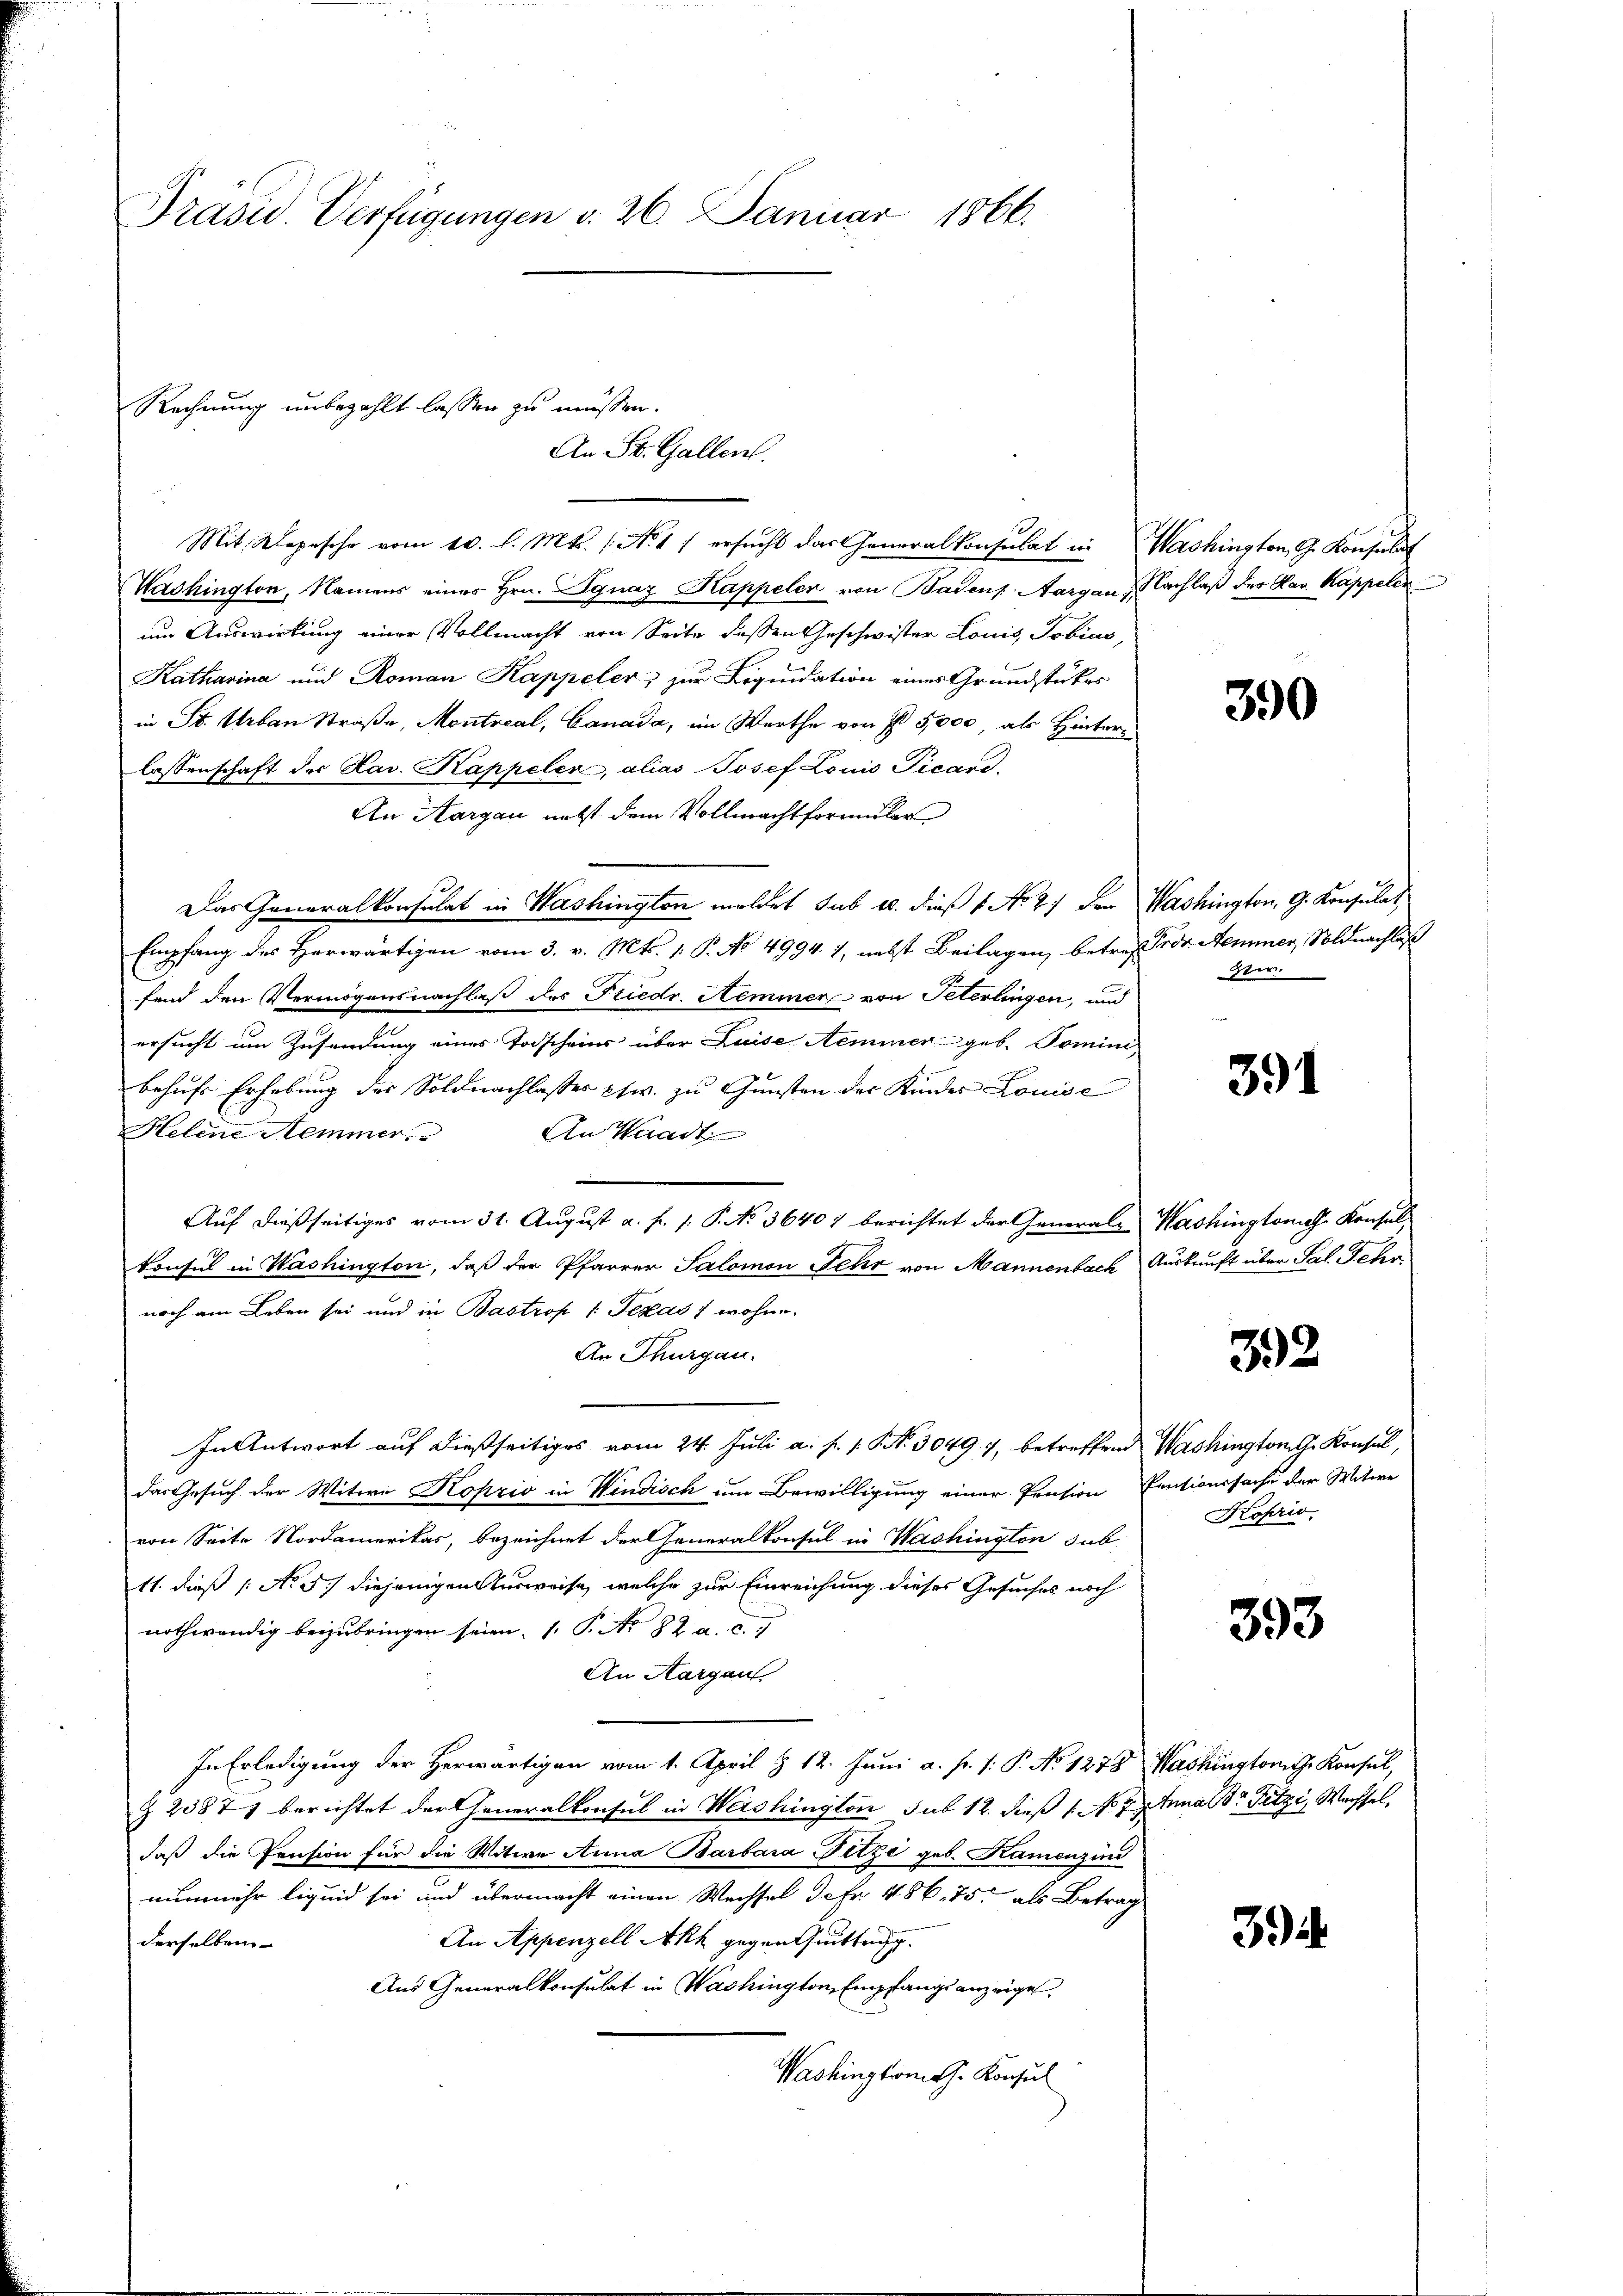
Präsid. Verfügungen v. 26. Januar 1866.

Rechnung unbezahlt lassen zu müssen.

Mit. Depesche vom 10. d. Mts. (: No 17 ersucht das Generalkonsulat in Washington, G. Konsulat
Washington, Namens eines Hrn. Ignaz Kappeler von Badens Aargau, Nachlaβ des Hav. Kappeler
um Auswirkung einer Vollmacht von Seite dessen Geschwister Louis, Tobias,
Katharina und Roman Kappeler zur Liquidation eines Grundstückes
in St. Urban Straße, Montreal, Canada, im Werthe von I 5,000, als Hinterlassenschaft der Hav. Kappeler, alias Josef Louis Picave
An Aargau nebst dem Vollmachtformular
Das Generalkonsulat in Washington meldet sub 20. dieß f No 27 den Washington, G. Konsulat
Empfang des Herwärtigen vom 3. v. Mts. 1. P. No 4994. 1, nebst Beilagen, betreffende Aeminer, Soldnachlaß
fend den Vermögensnachlaß des Friedr. Hemmer von Peterlingen, und
ersucht um Zusendung eines Todscheins über Luise Aeminer geb. Tomini,
behufs Erhebung der Soldnachlasses chw. zu Gunsten der Kinder Louise
Helene Hemmer
An Waadt
Auf dießseitiges vom 31. August a. f. 1. P. No 36407 berichtet der Generals Washington Konsulkonsul in Washington, daß der Pfarrer Salomon Fehr von Mannenbach Auskunft über Sal. Fehr
noch am Leben sei und in Bastrop 1 Texas 7 wohne.
An Thurgau.
In Antwort auf dießseitiges vom 24. Juli a. f. s. S. 3049. 7, betreffend Washington G. Konsul,
das Gesuch der Witwe Koszio in Windisch um Bewilligung einer Pension Erntioursache der Witwe
von Seite Nordamerikas, bezeichnet der Generalkonsul in Washington sub
11. dieß (No 5) diejenigen Ausweise, welche zur Einreichung dieses Gesuches noch
nothwendig beizubringen seien. ( P. Nr. 82 a. c.
An Aargau
In Erledigung der Herwärtigen vom 1. April § 12. Juni a. f. s. P. No 1278 Washingtonische Konsul,
§ 23871 berichtet der Generalkonsul in Weishington sub 12. dieß (N. 7. Juna Dr. Fitzi, Wechsel,
daß die Pension für die Witwe Anna Barbara Fitze geb. Kamenzin
nunmehr liquid sei und übermacht einen Wechsel Jafr. 486. 75. als Betrag
An Appenzell Akh gegen Quittung.
derselben
Aus Generalkonsulat in Washington, Empfangsanzeige,
Washingtomth. Konsul

An St. Gallen.

390

ter.

391

392

Koprio.

393

34